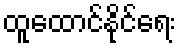
ထူထောင်နိုင်ရေး